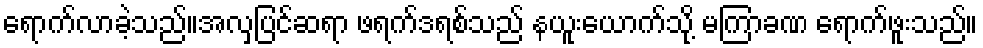
ရောက်လာခဲ့သည်။အလှပြင်ဆရာ ဖရက်ဒရစ်သည် နယူးယောက်သို့ မကြာခဏ ရောက်ဖူးသည်။